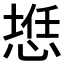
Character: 𰑲